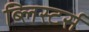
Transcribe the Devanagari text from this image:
ब्लिस्टर्स